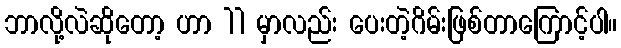
ဘာလို့လဲဆိုတော့ ဟာ 11 မှာလည်း ပေးတဲ့ဂိမ်းဖြစ်တာကြောင့်ပါ။